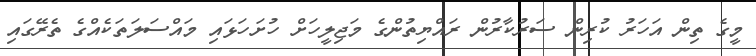
މީގެ ތިން އަހަރު ކުރިން ސަރުކާރުން ރައްޔިތުންގެ މަޖިލީހަށް ހުށަހަޅައި މައްސަލަތަކެއްގެ ތެރޭގައި